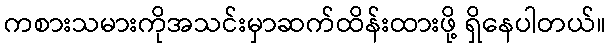
ကစားသမားကိုအသင်းမှာဆက်ထိန်းထားဖို့ ရှိနေပါတယ်။